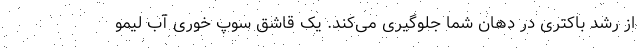
از رشد باکتری در دهان شما جلوگیری می‌کند. یک قاشق سوپ خوری آب لیمو